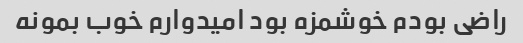
راضی بودم خوشمزه بود امیدوارم خوب بمونه